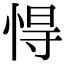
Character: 㥂